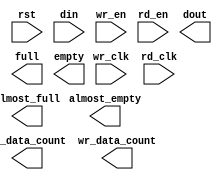
module fifo_36w_36r(
	rst,
	wr_clk,
	rd_clk,
	din,
	wr_en,
	rd_en,
	dout,
	full,
	almost_full,
	empty,
	almost_empty,
	rd_data_count,
	wr_data_count);


input rst;
input wr_clk;
input rd_clk;
input [35 : 0] din;
input wr_en;
input rd_en;
output [35 : 0] dout;
output full;
output almost_full;
output empty;
output almost_empty;
output [8 : 0] rd_data_count;
output [8 : 0] wr_data_count;

// synthesis translate_off

      FIFO_GENERATOR_V5_3 #(
		.C_COMMON_CLOCK(0),
		.C_COUNT_TYPE(0),
		.C_DATA_COUNT_WIDTH(9),
		.C_DEFAULT_VALUE("BlankString"),
		.C_DIN_WIDTH(36),
		.C_DOUT_RST_VAL("0"),
		.C_DOUT_WIDTH(36),
		.C_ENABLE_RLOCS(0),
		.C_ENABLE_RST_SYNC(1),
		.C_ERROR_INJECTION_TYPE(0),
		.C_FAMILY("virtex5"),
		.C_FULL_FLAGS_RST_VAL(1),
		.C_HAS_ALMOST_EMPTY(1),
		.C_HAS_ALMOST_FULL(1),
		.C_HAS_BACKUP(0),
		.C_HAS_DATA_COUNT(0),
		.C_HAS_INT_CLK(0),
		.C_HAS_MEMINIT_FILE(0),
		.C_HAS_OVERFLOW(0),
		.C_HAS_RD_DATA_COUNT(1),
		.C_HAS_RD_RST(0),
		.C_HAS_RST(1),
		.C_HAS_SRST(0),
		.C_HAS_UNDERFLOW(0),
		.C_HAS_VALID(0),
		.C_HAS_WR_ACK(0),
		.C_HAS_WR_DATA_COUNT(1),
		.C_HAS_WR_RST(0),
		.C_IMPLEMENTATION_TYPE(2),
		.C_INIT_WR_PNTR_VAL(0),
		.C_MEMORY_TYPE(1),
		.C_MIF_FILE_NAME("BlankString"),
		.C_MSGON_VAL(1),
		.C_OPTIMIZATION_MODE(0),
		.C_OVERFLOW_LOW(0),
		.C_PRELOAD_LATENCY(0),
		.C_PRELOAD_REGS(1),
		.C_PRIM_FIFO_TYPE("512x36"),
		.C_PROG_EMPTY_THRESH_ASSERT_VAL(4),
		.C_PROG_EMPTY_THRESH_NEGATE_VAL(5),
		.C_PROG_EMPTY_TYPE(0),
		.C_PROG_FULL_THRESH_ASSERT_VAL(511),
		.C_PROG_FULL_THRESH_NEGATE_VAL(510),
		.C_PROG_FULL_TYPE(0),
		.C_RD_DATA_COUNT_WIDTH(9),
		.C_RD_DEPTH(512),
		.C_RD_FREQ(1),
		.C_RD_PNTR_WIDTH(9),
		.C_UNDERFLOW_LOW(0),
		.C_USE_DOUT_RST(1),
		.C_USE_ECC(0),
		.C_USE_EMBEDDED_REG(0),
		.C_USE_FIFO16_FLAGS(0),
		.C_USE_FWFT_DATA_COUNT(0),
		.C_VALID_LOW(0),
		.C_WR_ACK_LOW(0),
		.C_WR_DATA_COUNT_WIDTH(9),
		.C_WR_DEPTH(512),
		.C_WR_FREQ(1),
		.C_WR_PNTR_WIDTH(9),
		.C_WR_RESPONSE_LATENCY(1))
	inst (
		.RST(rst),
		.WR_CLK(wr_clk),
		.RD_CLK(rd_clk),
		.DIN(din),
		.WR_EN(wr_en),
		.RD_EN(rd_en),
		.DOUT(dout),
		.FULL(full),
		.ALMOST_FULL(almost_full),
		.EMPTY(empty),
		.ALMOST_EMPTY(almost_empty),
		.RD_DATA_COUNT(rd_data_count),
		.WR_DATA_COUNT(wr_data_count),
		.BACKUP(),
		.BACKUP_MARKER(),
		.CLK(),
		.SRST(),
		.WR_RST(),
		.RD_RST(),
		.PROG_EMPTY_THRESH(),
		.PROG_EMPTY_THRESH_ASSERT(),
		.PROG_EMPTY_THRESH_NEGATE(),
		.PROG_FULL_THRESH(),
		.PROG_FULL_THRESH_ASSERT(),
		.PROG_FULL_THRESH_NEGATE(),
		.INT_CLK(),
		.INJECTDBITERR(),
		.INJECTSBITERR(),
		.WR_ACK(),
		.OVERFLOW(),
		.VALID(),
		.UNDERFLOW(),
		.DATA_COUNT(),
		.PROG_FULL(),
		.PROG_EMPTY(),
		.SBITERR(),
		.DBITERR());


// synthesis translate_on

endmodule